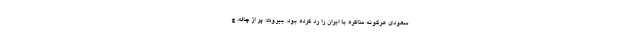
سعودی هرگونه مذاکره با ایران را رد کرده بود. بیروت؛ پر از چاله، چ